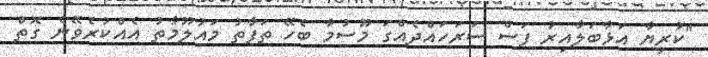
"ކުރިޔާ އަޅާބަލާއިރު ފަސް ސަރަހައްދެއްގަ މޫސުމާ ބެހޭ ތަފާތު މައުލޫމާތު އެއްކުރެވޭނެ ގޮތް